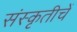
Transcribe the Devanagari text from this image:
संस्कृतीचें